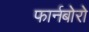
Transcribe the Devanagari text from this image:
फार्नबोरो